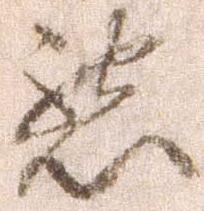
懇